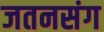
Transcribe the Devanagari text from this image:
जतनसंग